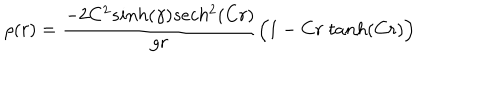
\rho ( r ) = { \frac { - 2 C ^ { 2 } s i n h ( \gamma ) s e c h ^ { 2 } ( C r ) } { g r } } \Big ( 1 - C r \; t a n h ( C r ) \Big )